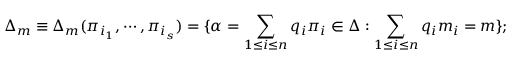
\Delta _ { m } \equiv \Delta _ { m } ( \pi _ { i _ { 1 } } , \cdots , \pi _ { i _ { s } } ) = \{ \alpha = \sum _ { 1 \leq i \leq n } q _ { i } \pi _ { i } \in \Delta : \sum _ { 1 \leq i \leq n } q _ { i } m _ { i } = m \} ;